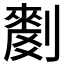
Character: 𱐥